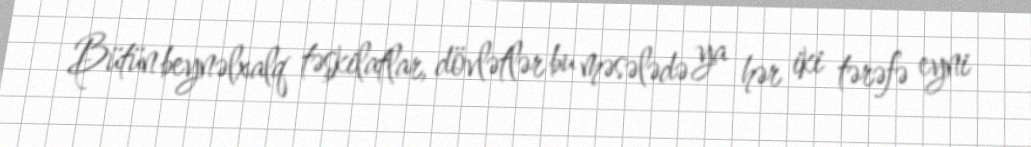
Bütün beynəlxalq təşkilatlar, dövlətlər bu məsələdə ya hər iki tərəfə eyni